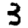
Digit: 3